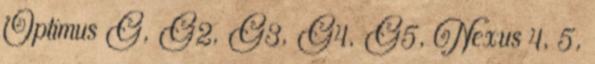
Optimus G, G2, G3, G4, G5, Nexus 4, 5,